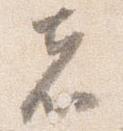
者